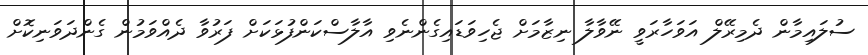
ސުލައިމާން ދެމިރޭލް އަވަހާރަވީ ނޭވާލާ ނިޒާމަށް ޖެހިވަޑައިގެންނެވި އާލާސްކަންފުޅަކަށް ފަރުވާ ދެއްވަމުން ގެންދަވަނިކޮށް